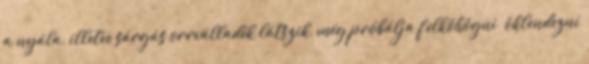
a nyála, illetve sárgás orrválladék látszik, még próbálja felköhögni öklendezni